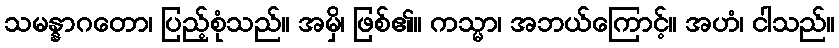
သမန္နာဂတော၊ ပြည့်စုံသည်။ အမှိ၊ ဖြစ်၏။ ကသ္မာ၊ အဘယ်ကြောင့်။ အဟံ၊ ငါသည်။